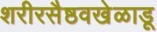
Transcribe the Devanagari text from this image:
शरीरसैष्ठवखेळाडू